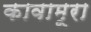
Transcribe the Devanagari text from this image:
कावामूरा